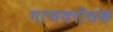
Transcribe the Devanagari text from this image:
गत्यवरोधक